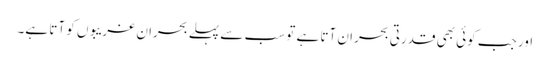
اور جب کوئی بھی قدرتی بحران آتا ہے تو سب سے پہلے بحران غریبوں کو آتا ہے۔